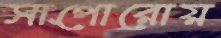
সাপোরোয়